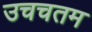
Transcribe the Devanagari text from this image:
उचचतम